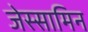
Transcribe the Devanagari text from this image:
जेस्सामिन